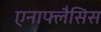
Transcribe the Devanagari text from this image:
एनाफ्लैसिस